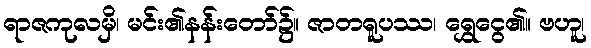
ရာဇကုလမှိ၊ မင်း၏နန်းတော်၌။ ဇာတရူပဿ၊ ရွှေငွေ၏။ ဗဟူ၊